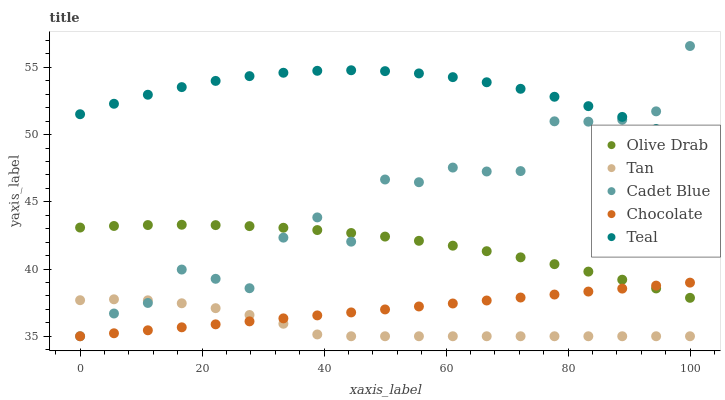
| xaxis_label | Olive Drab | Tan | Cadet Blue | Chocolate | Teal |
 | --- | --- | --- | --- | --- | --- |
 | 0 | 43.1 | 37.7 | 35 | 35 | 51.5 |
 | 5.56 | 43.2 | 37.7 | 36.7 | 35.2 | 52.3 |
 | 11.1 | 43.3 | 37.7 | 37.5 | 35.4 | 53 |
 | 16.7 | 43.3 | 37.5 | 40 | 35.7 | 53.5 |
 | 22.2 | 43.3 | 37.1 | 39.3 | 35.9 | 54 |
 | 27.8 | 43.2 | 36.6 | 38.6 | 36.1 | 54.3 |
 | 33.3 | 43.1 | 35.9 | 42.3 | 36.3 | 54.6 |
 | 38.9 | 42.9 | 35.1 | 43.8 | 36.6 | 54.7 |
 | 44.4 | 42.7 | 35 | 42 | 36.8 | 54.8 |
 | 50 | 42.4 | 35 | 46.7 | 37 | 54.7 |
 | 55.6 | 42.1 | 35 | 46.5 | 37.2 | 54.5 |
 | 61.1 | 41.7 | 35 | 47.5 | 37.4 | 54.3 |
 | 66.7 | 41.3 | 35 | 47.3 | 37.7 | 53.9 |
 | 72.2 | 40.9 | 35 | 47.3 | 37.9 | 53.4 |
 | 77.8 | 40.4 | 35 | 51 | 38.1 | 52.8 |
 | 83.3 | 39.8 | 35 | 51 | 38.3 | 52.1 |
 | 88.9 | 39.2 | 35 | 51.1 | 38.5 | 51.3 |
 | 94.4 | 38.6 | 35 | 51.7 | 38.8 | 50.4 |
 | 100 | 37.9 | 35 | 56.6 | 39 | 49.4 |